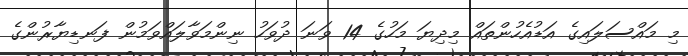
މި މައްސަލައިގެ އަޑުއެހުންތައް މިދިޔަ މަހުގެ 14 ވަނަ ދުވަހު ނިންމަވާލައްވަމުން ފަނޑިޔާރުންގެ